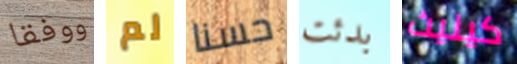
ووفقا لم حسنا بدئت كينيث